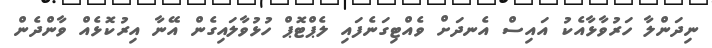
ނިދަންލާ ހަރުވާޅާއެކު އައިސް އެނދަށް ވެއްޓިގަނެފައި ލެޕްޓޮޕް ހުޅުވާލައިގެން އޭނާ އިރުކޮޅެއް ވާންދެން